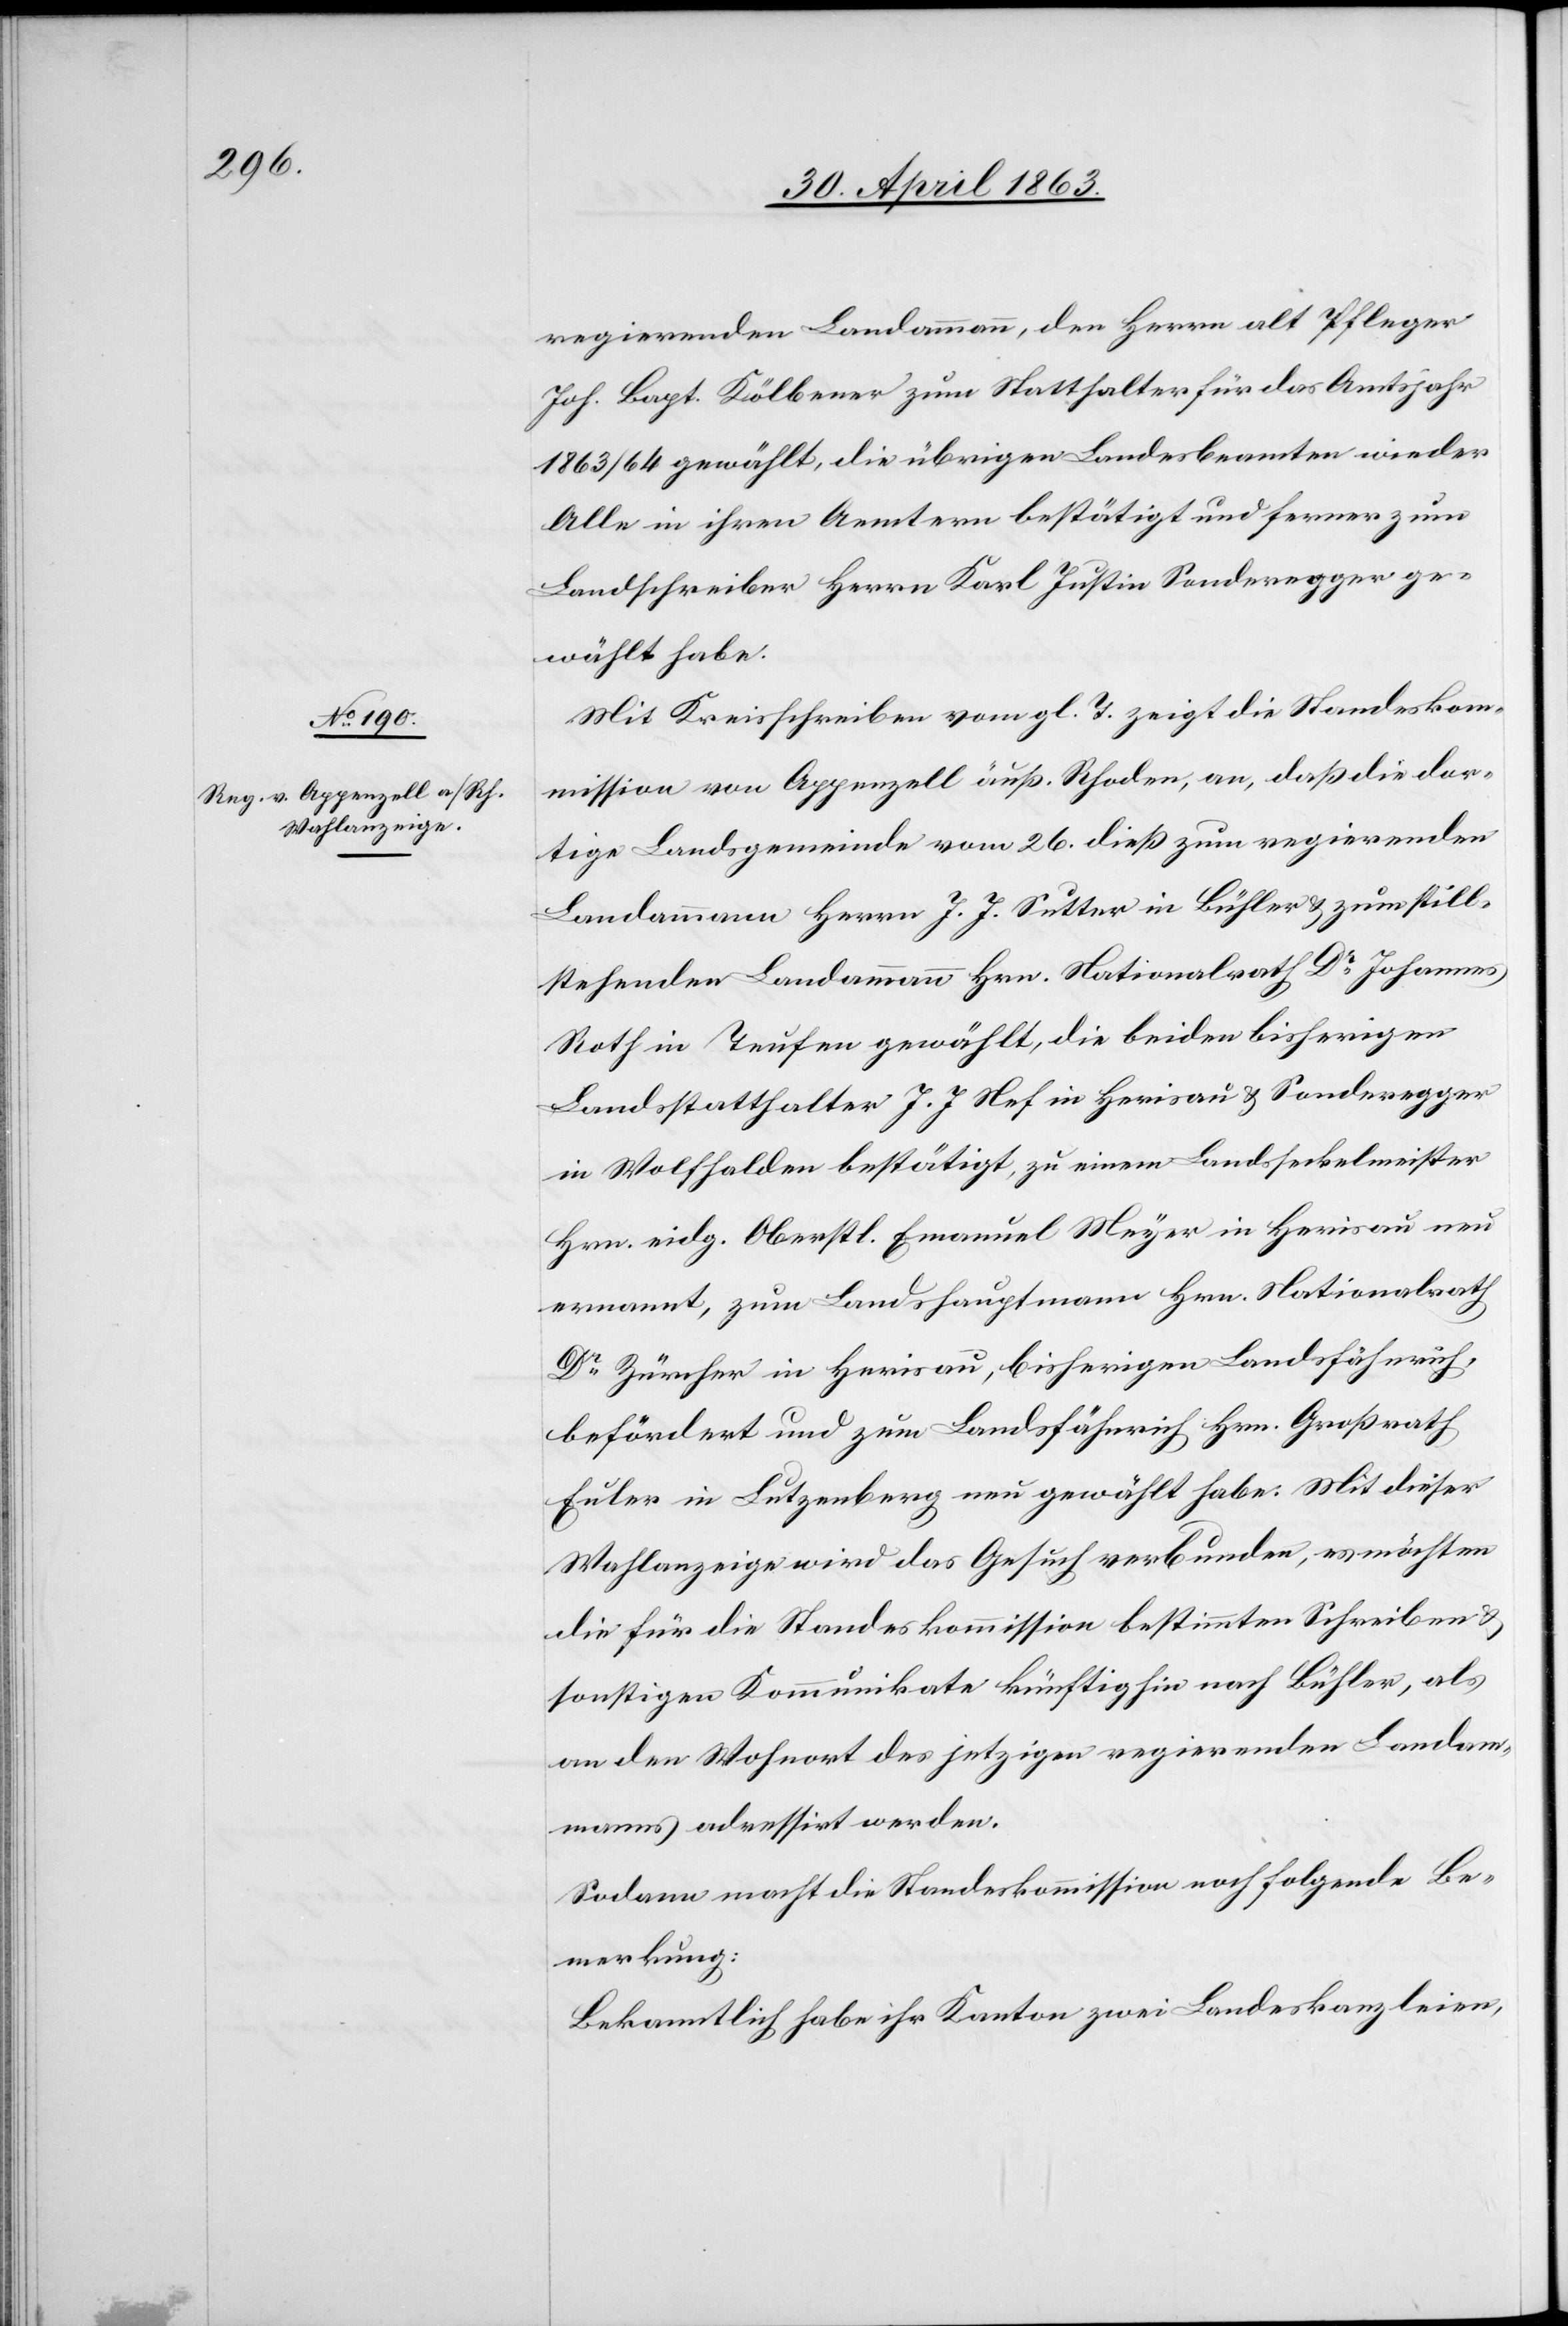
regierenden Landammann, den Herrn alt Pfleger
Joh. Bapt. Kölbener zum Statthalter für das Amtsjahr
1863/64 gewählt, die übrigen Landesbeamten wieder
Alle in ihren Aemtern bestätigt und ferner zum
Landschreiber Herrn Karl Justin Sonderegger ge¬
wählt habe.
Mit Kreisschreiben vom gl. T. zeigt die Standeskom¬
mission von Appenzell äuß. Rhoden, an, daß die dor¬
tige Landsgemeinde vom 26. dieß zum regierenden
Landammann Herrn J. J. Sutter in Bühler & zum still¬
stehenden Landammann Hrn. Nationalrath Dr Johannes
Roth in Teufen gewählt, die beiden bisherigen
Landsstatthalter J. J. Nef in Herisau & Sonderegger
in Wolfhalden bestätigt, zu einem Landsseckelmeister
Hrn. eidg. Oberstl. Emanuel Meyer in Herisau neu
ernannt, zum Landshauptmann Hrn. Nationalrath
Dr Zürcher in Herisau, bisherigen Landsfähnrich,
befördert und zum Landsfähnrich Hrn. Großrath
Euler in Lutzenberg neu gewählt habe. Mit dieser
Wahlanzeige wird das Gesuch verbunden, es möchten
die für die Standeskommission bestimmten Schreiben &
sonstigen Kommunikate künftighin nach Bühler, als
an den Wohnort des jetzigen regierenden Landam¬
manns adressirt werden.
Sodann macht die Standeskommission noch folgende Be¬
merkung:
Bekanntlich habe ihr Kanton zwei Landeskanzleien,